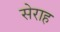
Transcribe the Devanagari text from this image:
सेराह